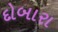
દોબારા